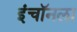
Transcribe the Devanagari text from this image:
इंचॉनला